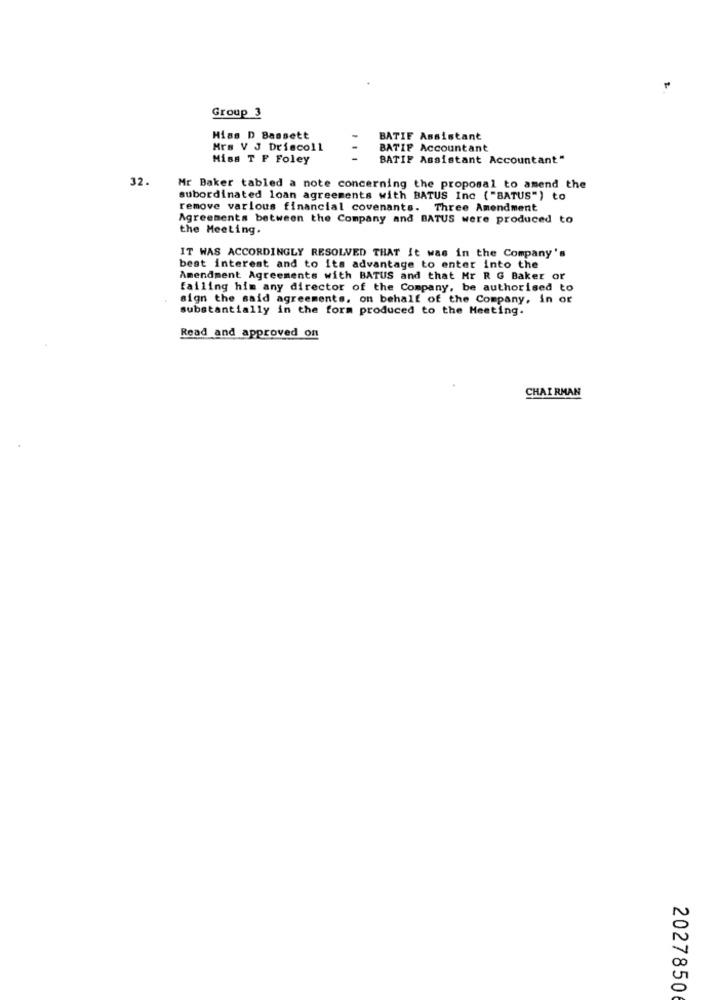
Group 3
Hiss D Bassett
BATIF Assistant
Mrs V J Driscoll
BATIF Accountant
Miss T F Foley
BATIF Assistant Accountant"
32.
Mr Baker tabled a note concerning the proposal to amend the
subordinated loan agreements with BATUS Inc ( "BATUS") to
remove various financial covenants. Three Amendment
Agreements between the Company and BATUS were produced to
the Meeting.
IT WAS ACCORDINGLY RESOLVED THAT It was in the Company's
best interest and to its advantage to enter into the
Amendment Agreements with BATUS and that Mr R G Baker or
failing him any director of the Company, be authorised to
sign the said agreements. on behalf of the Company, in or
substantially in the form produced to the Meeting.
Read and approved on
CHAIRMAN
2027850